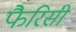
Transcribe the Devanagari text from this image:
फैरिसी